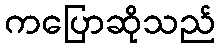
ကပြောဆိုသည်